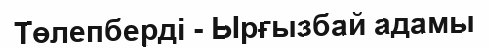
Төлепберді - Ырғызбай адамы